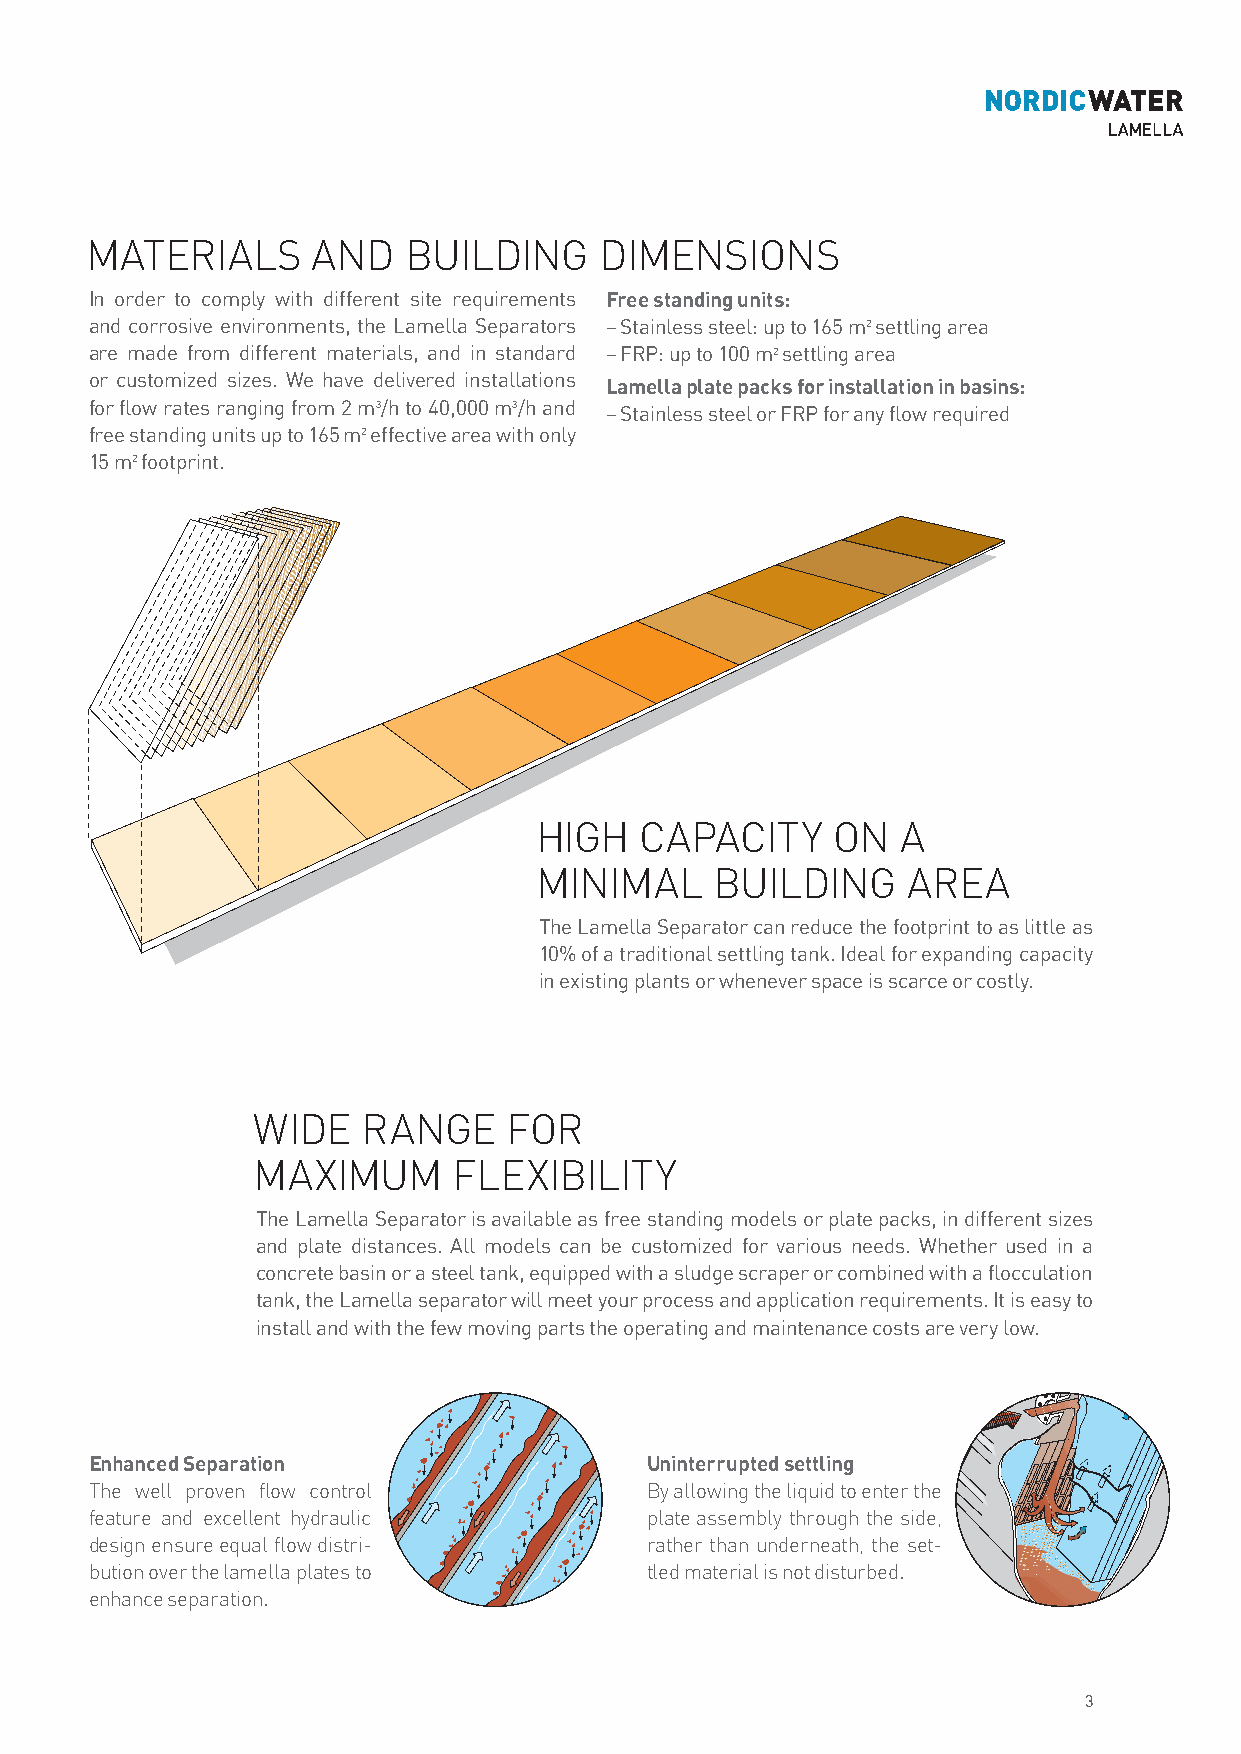
MATERIALS      AND   BUILDING     DIMENSIONS
 In order to comply with different site requirements Free standing units:
 and corrosive environments, the Lamella Separators – Stainless steel: up to 165 m2 settling area
 are made from different materials, and in standard – FRP: up to 100 m2 settling area
 or customized sizes. We have delivered installations
 Lamella plate packs for installation in basins:
 for flow rates ranging from 2 m3/h to 40,000 m3/h and
 – Stainless steel or FRP for any flow required
 free standing units up to 165 m2 effective area with only
 15 m2 footprint.
 HIGH   CAPACITY     ON   A
 MINIMAL     BUILDING     AREA
 The Lamella Separator can reduce the footprint to as little as
 10% of a traditional settling tank. Ideal for expanding capacity
 in existing plants or whenever space is scarce or costly.
 WIDE   RANGE     FOR
 MAXIMUM      FLEXIBILITY
 The Lamella Separator is available as free standing models or plate packs, in different sizes
 and plate distances. All models can be customized for various needs. Whether used in a
 concrete basin or a steel tank, equipped with a sludge scraper or combined with a flocculation
 tank, the Lamella separator will meet your process and application requirements. It is easy to
 install and with the few moving parts the operating and maintenance costs are very low.
 Enhanced Separation                  Uninterrupted settling
 The well proven flow control         By allowing the liquid to enter the
 feature and excellent hydraulic      plate assembly through the side,
 design ensure equal flow distri-     rather than underneath, the set-
 bution over the lamella plates to    tled material is not disturbed.
 enhance separation.
 2                                                                       3